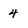
Character: 4